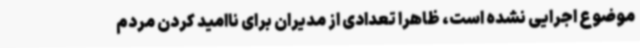
موضوع اجرایی نشده است، ظاهرا تعدادی از مدیران برای ناامید کردن مردم